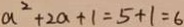
a ^ { 2 } + 2 a + 1 = 5 + 1 = 6